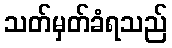
သတ်မှတ်ခံရသည်